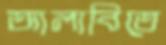
আলাবিতে